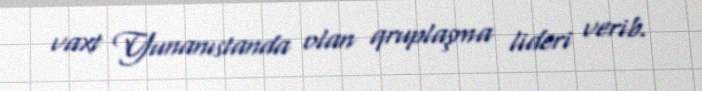
vaxt Yunanıstanda olan qruplaşma lideri verib.